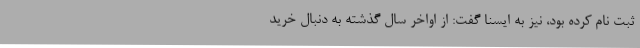
ثبت نام کرده بود، نیز به ایسنا گفت: از اواخر سال گذشته به دنبال خرید